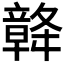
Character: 𥪴